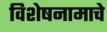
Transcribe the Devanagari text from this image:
विशेषनामाचे